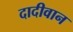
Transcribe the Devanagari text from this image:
दादीवान